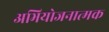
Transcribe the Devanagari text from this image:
अभियोजनात्मक